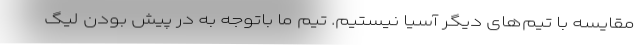
مقایسه با تیم‌های دیگر آسیا نیستیم. تیم ما باتوجه به در پیش بودن لیگ